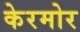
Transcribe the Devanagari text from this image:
केरमोर